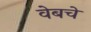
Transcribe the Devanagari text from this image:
वेबचे